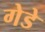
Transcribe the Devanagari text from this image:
गेडे